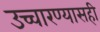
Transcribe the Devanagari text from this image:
उच्चारण्यासही